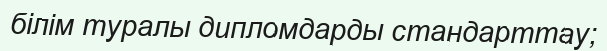
білім туралы дипломдарды стандарттау;